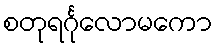
စတုရင်္ဂုလောမကော